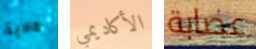
مادية الأكاديمي عصابة